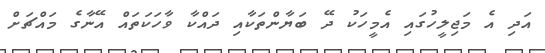
އަދި އެ މަޖިލީހުގައި އެމީހަކު ދޭ ބަޔާންތަކާއި ދައްކާ ވާހަކަތައް އޭނާގެ މައްޗަށް